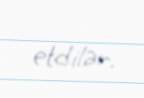
etdilər.